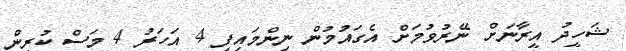
ޝަހީދު އީރާނަށް ނޭރުވުމަށް އެގައުމުން ނިންމައިފި 4 އަހަރު 4 މަސް ކުރިން